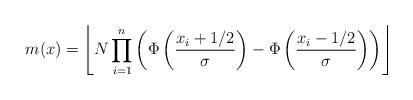
LaTeX: \begin{align*}m(x)=\left\lfloor N\prod_{i=1}^{n}\left( \Phi \left( \frac{x_{i}+1/2}{\sigma }\right) -\Phi \left( \frac{x_{i}-1/2}{\sigma }\right) \right) \right\rfloor \end{align*}